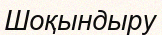
Шоқындыру